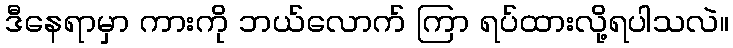
ဒီနေရာမှာ ကားကို ဘယ်လောက် ကြာ ရပ်ထားလို့ရပါသလဲ။